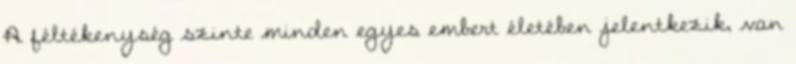
A féltékenység szinte minden egyes embert életében jelentkezik, van